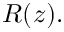
R ( z ) .